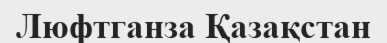
Люфтганза Қазақстан